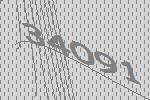
34091